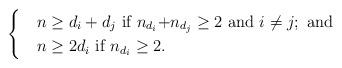
LaTeX: \begin{align*}\begin{cases} &\mbox{$n\geq d_i+d_j$ if $n_{d_i}$+$n_{d_j}\geq2$ and $i\not=j$}; \mbox{ and } \\&\mbox{$n\geq 2d_i$ if $n_{d_i}\geq2$}.\end{cases}\end{align*}